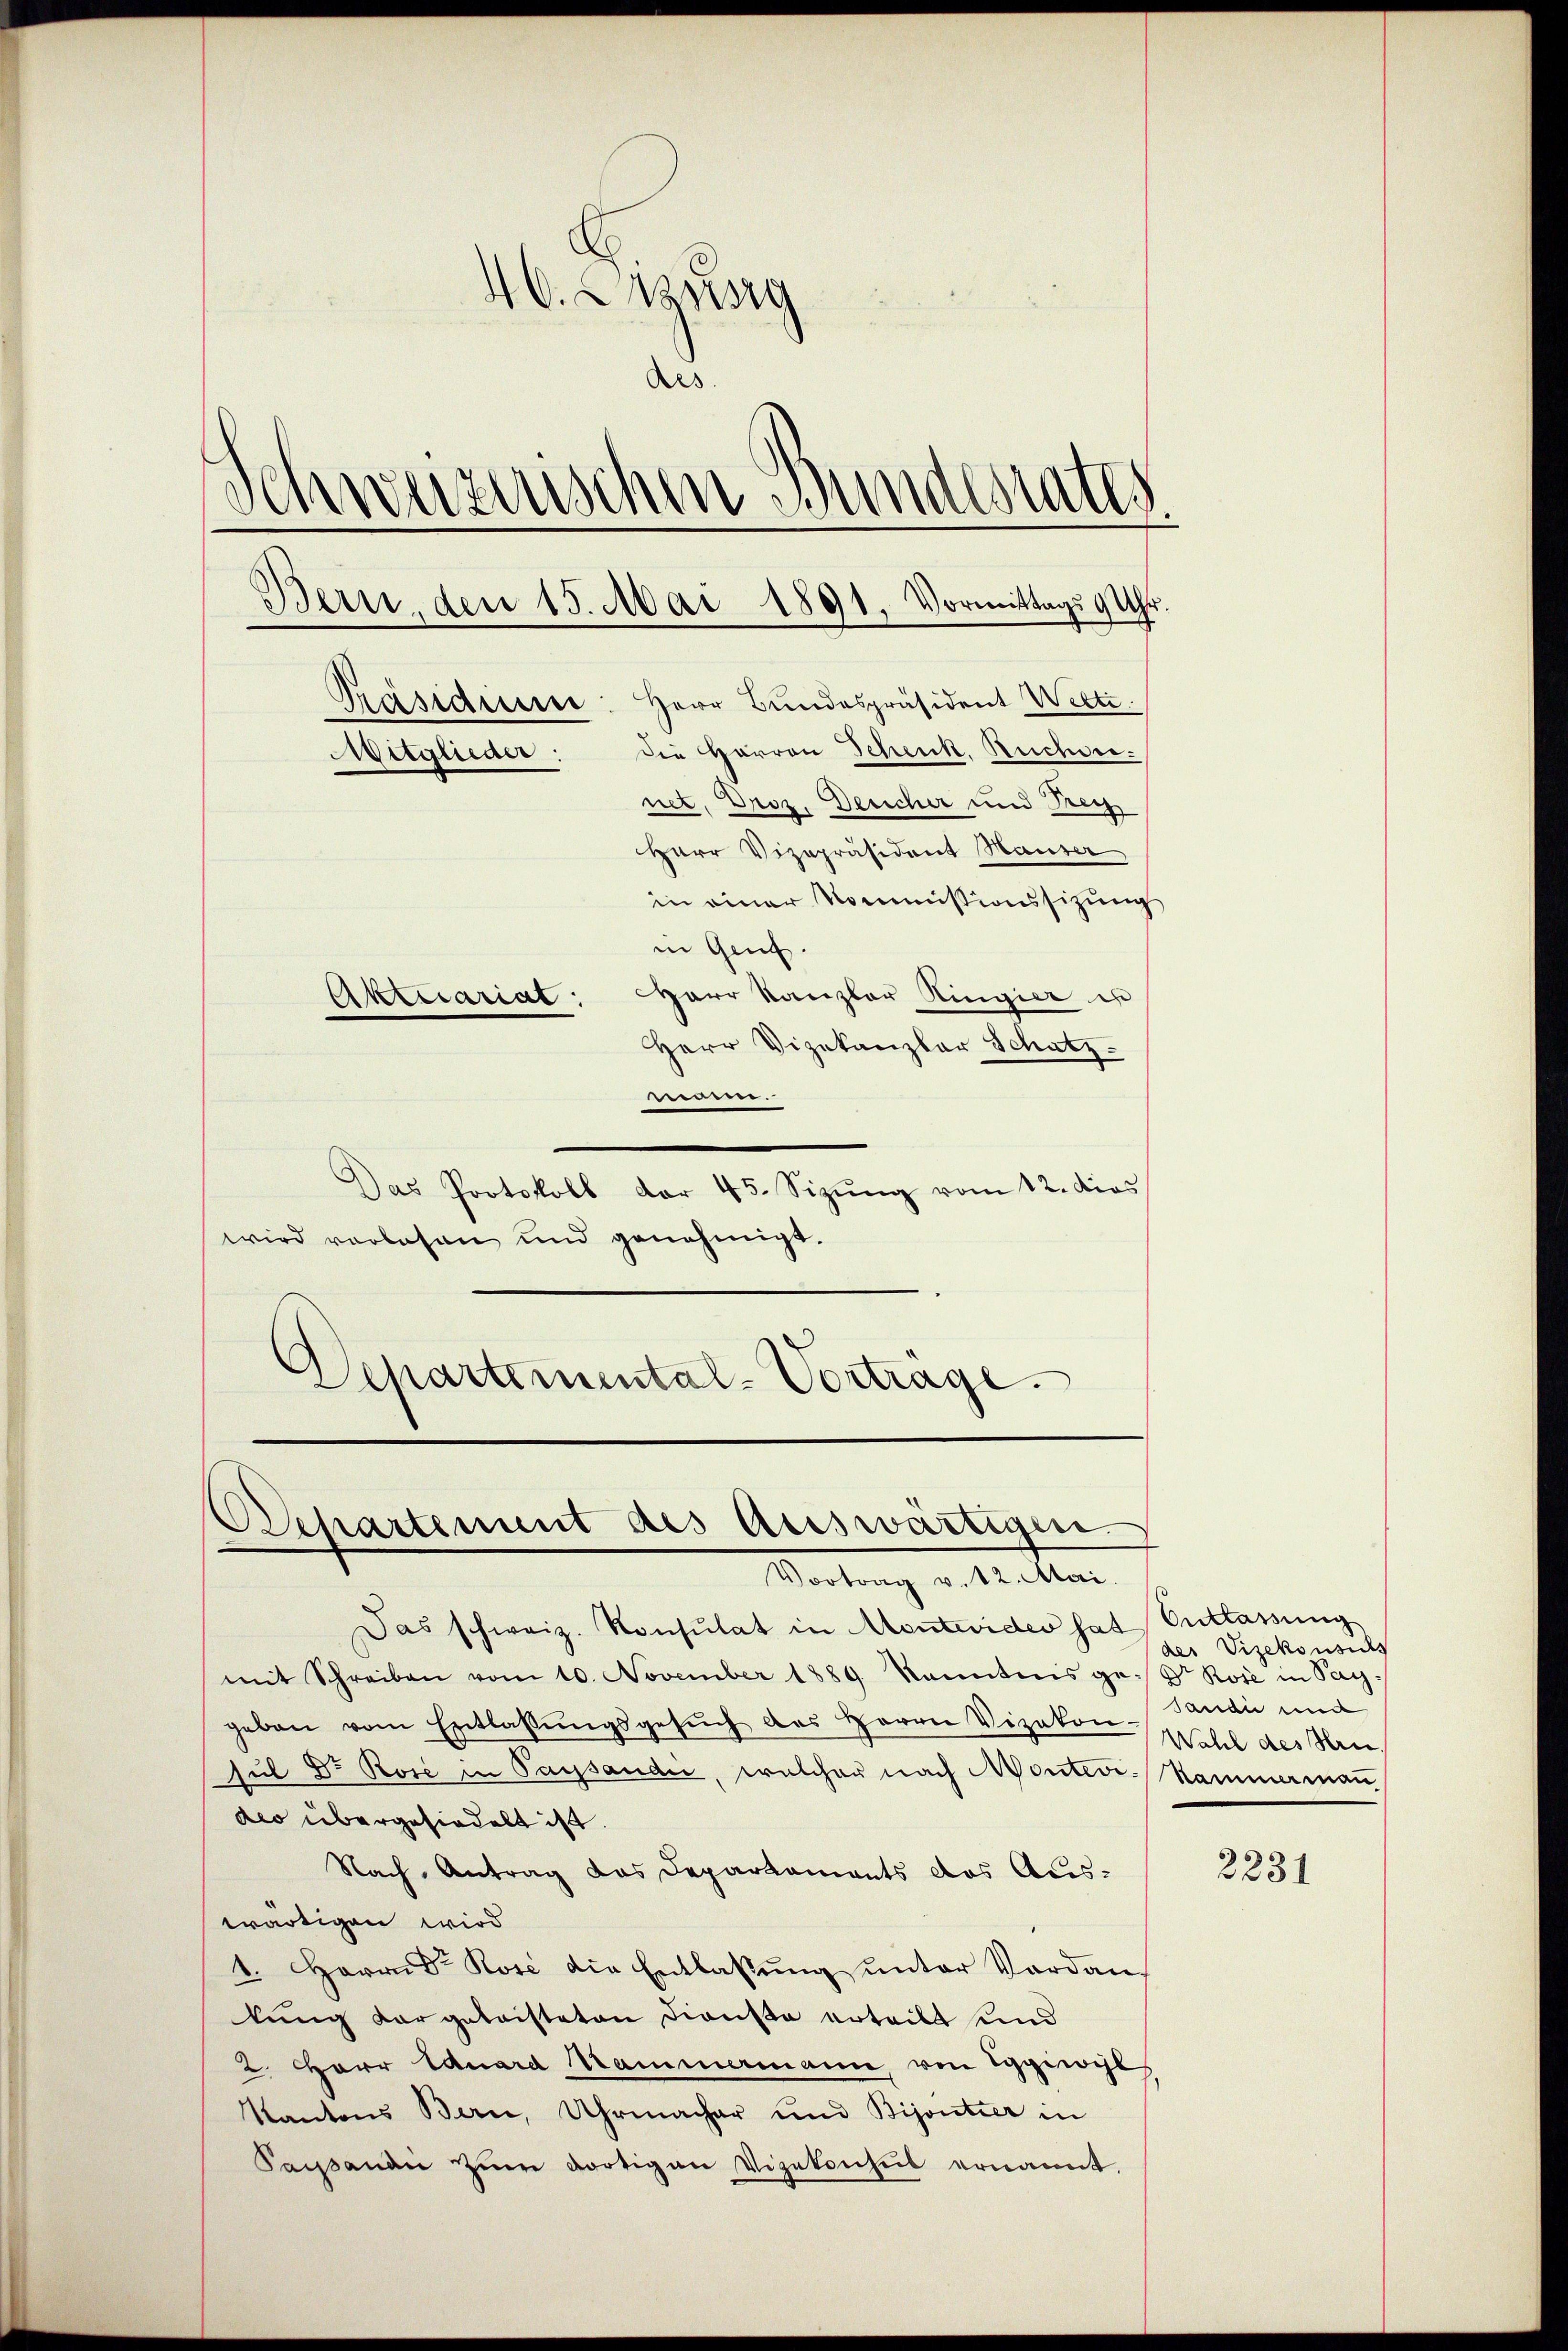
Das Protokoll der 45. Sizŭng vom 12. dies
wird vorlesen und genehmigt.
Schartemental-Vorträge.

4. zug
Aes.
Schweizerischen Bundesrates
Bern, den 15. Mai 1891. Vormittags 9 Uhr.
Präsidium: Herr Bundespräsident Welti.
die Harron Schenk. Rucher.
Mitglieder:
net, Droz. Deucher und Frey
Herr Vizepräsident Hauser
in einer Kommissionssizung
in Genf.
Aktuariat: Herr Kanzler Ringier es
Herr Vizekanzlar Schatz
ene.

Das schweiz. Konsulat in Montevider hat Entlassung
mit Schreiben vom 10. November 1889 kanntnis ge- Dr Rose in Pay
geben vom Entlassŭngsgesŭch des Herrn Vizekon. Wahl des Hrn
sul Dr Rose in Passaudić, welcher nach Montevi-Kammerman
dio übergehindelt ist.
Nach Antrag das Departaments das Aus-
wärtigen wird
1. Herrn Dr Rose die Entlassŭng ŭnter Vordanlung dargeleisteten Dienste erteilt und
2. Herr Eduard Sammermann, von Spirocl
Kantons Bern, Uhrmacher und Bijoutier in
Saanen zŭm dortigen Vizekonheit ernannt.

Departement des Auswärtigen.
Vortrag v. 12. Mai.

der Vizekonsuchs
Sandi und

2231